65_HS1-834228961_62-HQ-83894_Section_7
Agency: FBI
Page 140
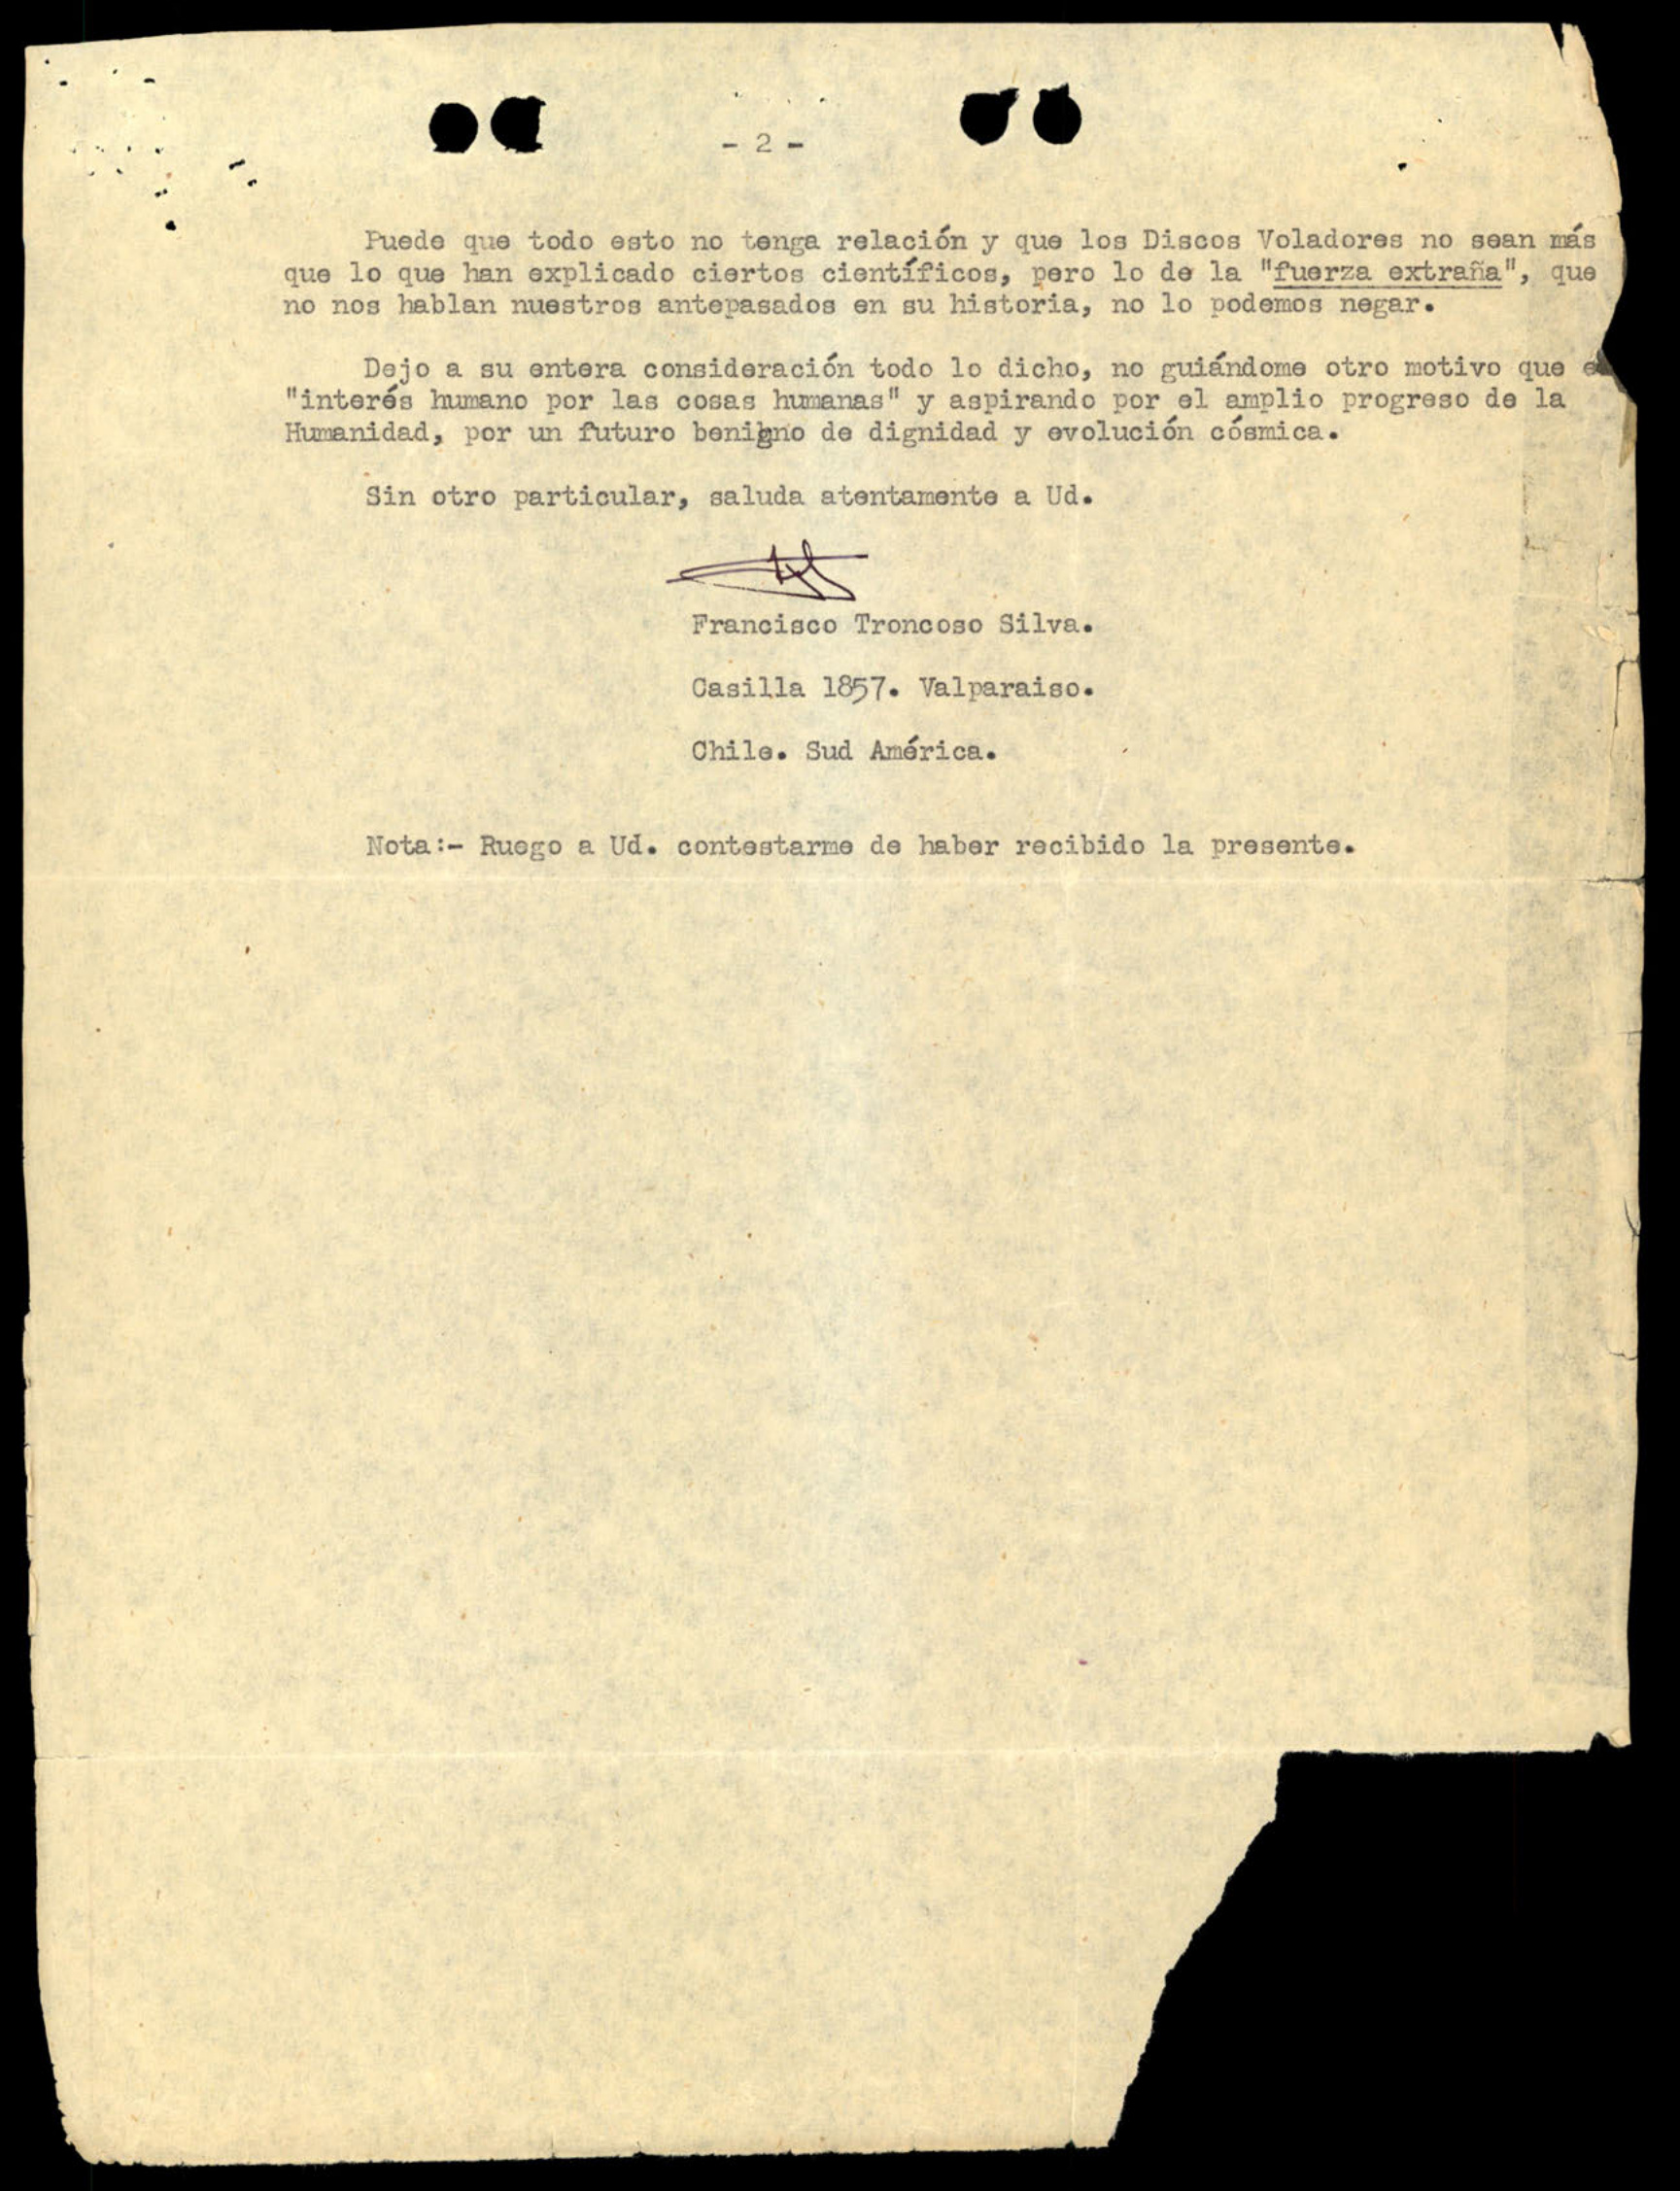